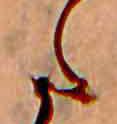
た